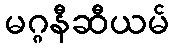
မဂ္ဂနီဆီယမ်